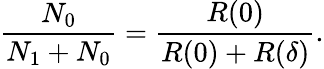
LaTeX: \frac{N_{0}}{N_{1}+N_{0}}=\frac{R(0)}{R(0)+R(\delta)}.